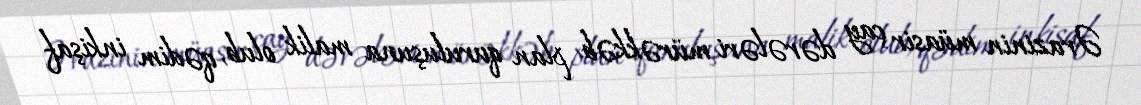
Ərazinin müasir çay dərələri mürəkkəb plan quruluşuna malik olub, qədim inkişaf